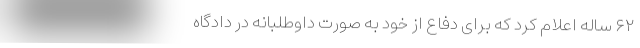
۶۲ ساله اعلام کرد که برای دفاع از خود به صورت داوطلبانه در دادگاه